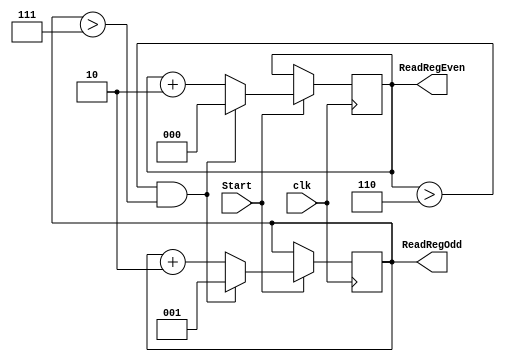
`timescale 1ns / 1ps
//////////////////////////////////////////////////////////////////////////////////
// Company: 
// Engineer: 
// 
// Design Name: 
// Module Name: Counter_Blue
// Project Name: 
// Target Devices: 
// Tool Versions: 
// Description: 
// 
// Dependencies: 
// 
// Revision:
// Revision 0.01 - File Created
// Additional Comments:
// 
//////////////////////////////////////////////////////////////////////////////////


module Counter_Blue(
    Start, clk,
    ReadRegEven, ReadRegOdd
);

input Start; //1bit input
input clk; //1bit input
output reg [2:0] ReadRegEven, ReadRegOdd; //    

initial begin // 
    ReadRegEven = 3'b000;
    ReadRegOdd = 3'b001;
end

//clk    
always @(posedge clk) begin
    if(Start) begin //Start   
        //ReadRegEven : 0,2,4,6 & ReadRegOdd : 1,3,5,7  
        if(ReadRegEven>3'd6 && ReadRegOdd>3'd7) begin
            ReadRegEven <= 3'b000;
            ReadRegOdd <= 3'b001;
        end
        else begin
            ReadRegEven <= ReadRegEven + 3'd2;
            ReadRegOdd <= ReadRegOdd + 3'd2;
        end
    end
end

endmodule